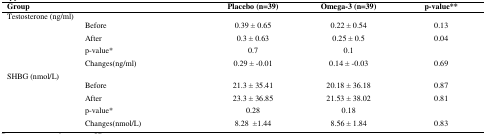
<table><thead><tr><td><b>Group</b></td><td></td><td><b>Placebo (n=39)</b></td><td><b>Omega-3 (n=39)</b></td><td><b>p-value**</b></td></tr></thead><tbody><tr><td colspan="2">Testosterone (ng/ml)</td><td></td><td></td><td></td></tr><tr><td rowspan="4"></td><td>Before</td><td>0.39 ± 0.65</td><td>0.22 ± 0.54</td><td>0.13</td></tr><tr><td>After</td><td>0.3 ± 0.63</td><td>0.25 ±0.5</td><td>0.04</td></tr><tr><td>p-value*</td><td>0.7</td><td>0.1</td><td></td></tr><tr><td>Changes(ng/ml)</td><td>0.29 ± -0.01</td><td>0.14 ± -0.03</td><td>0.69</td></tr><tr><td colspan="2">SHBG (nmol/L)</td><td></td><td></td><td></td></tr><tr><td rowspan="4"></td><td>Before</td><td>21.3 ± 35.41</td><td>20.18 ± 36.18</td><td>0.87</td></tr><tr><td>After</td><td>23.3 ± 36.85</td><td>21.53 ± 38.02</td><td>0.81</td></tr><tr><td>p-value*</td><td>0.28</td><td>0.18</td><td></td></tr><tr><td>Changes(nmol/L)</td><td>8.28 ±1.44</td><td>8.56 ± 1.84</td><td>0.83</td></tr></tbody></table>